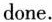
done.